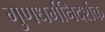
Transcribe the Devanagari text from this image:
गुणधर्मनिदर्शक